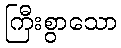
ကြီးစွာသော